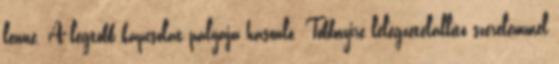
lenne. A legtöbb kapcsolat pályája hasonló. Többnyire lélegzetelállító szerelemmel